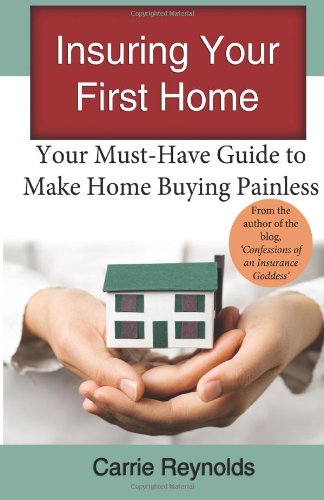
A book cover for Insuring Your First Home: Your Must-Have Guide to Make Home Buying Painless; Carrie Reynolds; Business & Money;